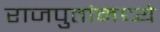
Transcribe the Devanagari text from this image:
राजपुतांमध्ये